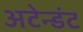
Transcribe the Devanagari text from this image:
अटेन्डंट